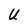
Character: U